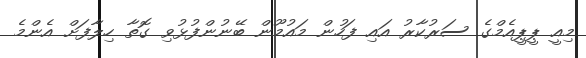
މިއީ ޕީޕީއެމްގެ ސަރުކާރު އައި ފަހުން މައުމޫން ބޭނުންފުޅުވި ގޮތާ ހިލާފަށް އެންމެ